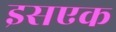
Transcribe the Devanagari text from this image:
इसएक